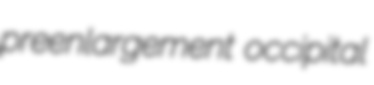
preenlargement occipital